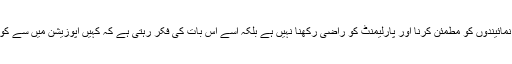
اس وقت وزیر اعظم کا اصل مسئلہ منتخب نمائیندوں کو مطمئن کرنا اور پارلیمنٹ کو راضی رکھنا نہیں ہے بلکہ اسے اس بات کی فکر رہتی ہے کہ کہیں اپوزیشن میں سے کوئی دوسرا اسٹبلشمنٹ کا چہیتا نہ بن جائے ۔